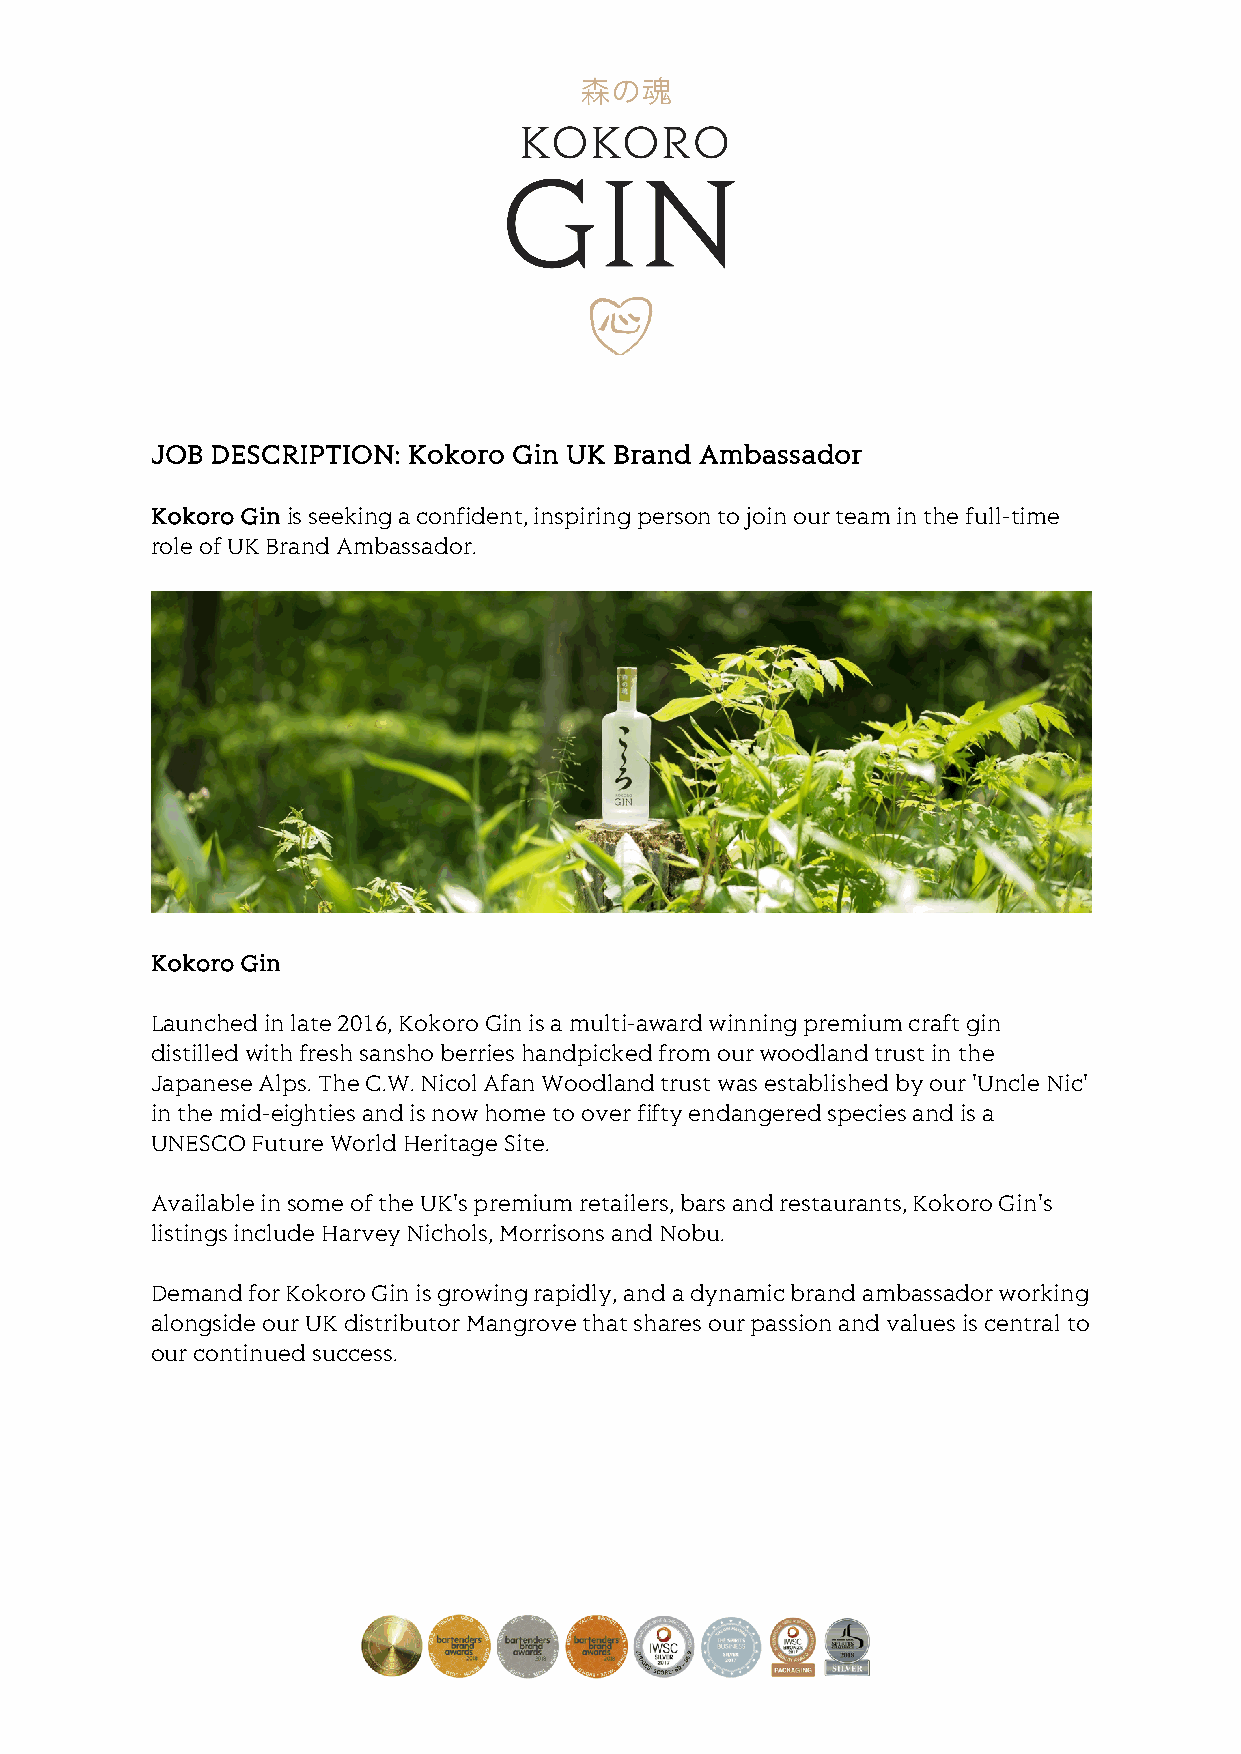
JOB DESCRIPTION: Kokoro Gin UK Brand Ambassador
 Kokoro Gin is seeking a confident, inspiring person to join our team in the full-time
 role of UK Brand Ambassador.
 Kokoro Gin
 Launched in late 2016, Kokoro Gin is a multi-award winning premium craft gin
 distilled with fresh sansho berries handpicked from our woodland trust in the
 Japanese Alps. The C.W. Nicol Afan Woodland trust was established by our 'Uncle Nic'
 in the mid-eighties and is now home to over fifty endangered species and is a
 UNESCO Future World Heritage Site.
 Available in some of the UK's premium retailers, bars and restaurants, Kokoro Gin's
 listings include Harvey Nichols, Morrisons and Nobu.
 Demand for Kokoro Gin is growing rapidly, and a dynamic brand ambassador working
 alongside our UK distributor Mangrove that shares our passion and values is central to
 our continued success.